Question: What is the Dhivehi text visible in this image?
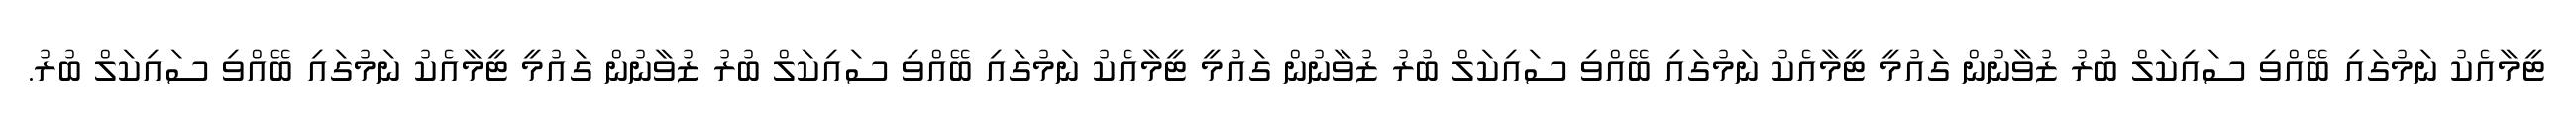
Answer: ޓީމާއެކު ނަމުގައި ބޭއްވި ސައިކަލް ބުރު ޒުވާނުން ގައުމީ ޓީމާއެކު ނަމުގައި ބޭއްވި ސައިކަލް ބުރު ޒުވާނުން ގައުމީ ޓީމާއެކު ނަމުގައި ބޭއްވި ސައިކަލް ބުރު ޒުވާނުން ގައުމީ ޓީމާއެކު ނަމުގައި ބޭއްވި ސައިކަލް ބުރު.